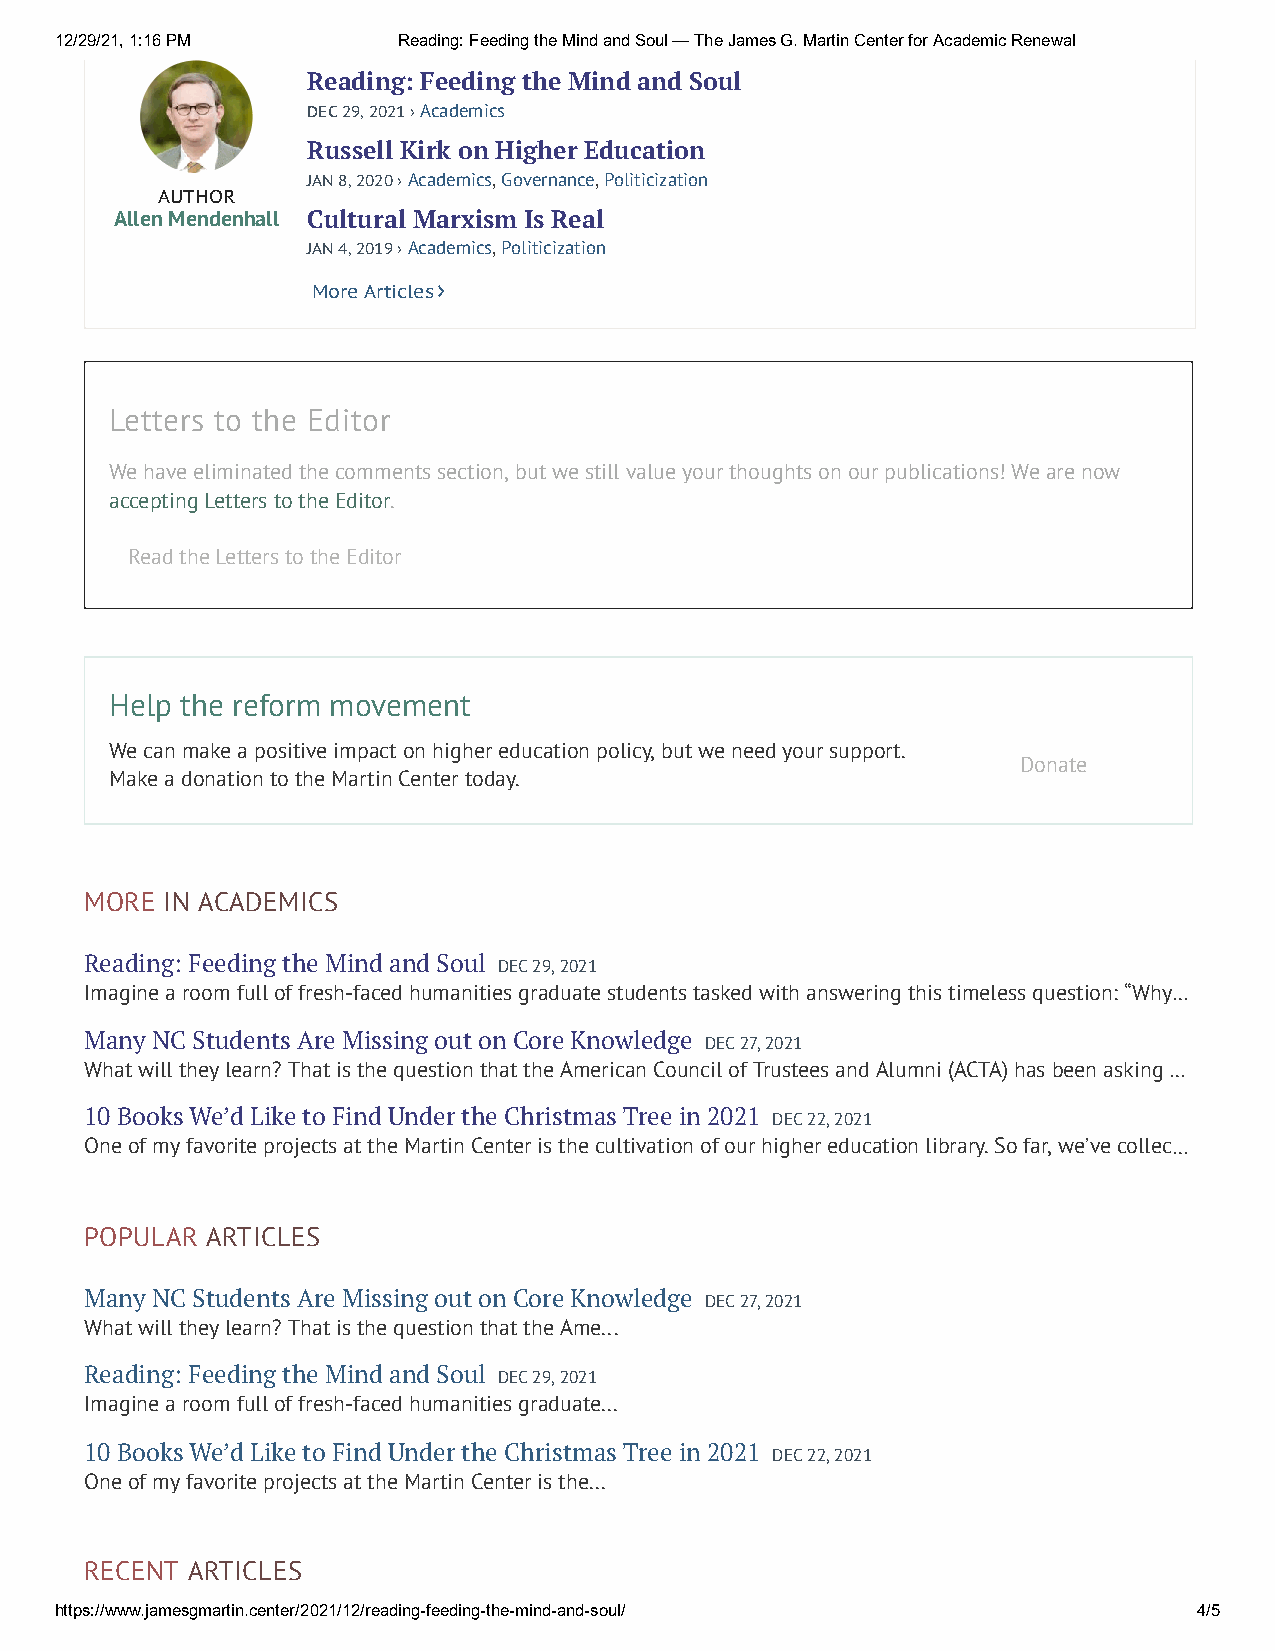
12/29/21, 1:16 PM     Reading: Feeding the Mind and Soul — The James G. Martin Center for Academic Renewal
 Reading: Feeding the Mind and Soul
 DEC 29, 2021 › Academics
 Russell Kirk on Higher Education
 JAN 8, 2020 › Academics, Governance, Politicization
 AUTHOR
 Allen Mendenhall Cultural Marxism Is Real
 JAN 4, 2019 › Academics, Politicization
 More Articles›
 Letters to the Editor
 We have eliminated the comments section, but we still value your thoughts on our publications! We are now
 accepting Letters to the Editor.
 Read the Letters to the Editor
 Help the reform movement
 We can make a positive impact on higher education policy, but we need your support.
 Donate
 Make a donation to the Martin Center today.
 MORE IN ACADEMICS
 Reading: Feeding the Mind and Soul DEC 29, 2021
 Imagine a room full of fresh-faced humanities graduate students tasked with answering this timeless question: “Why…
 Many NC Students Are Missing out on Core Knowledge DEC 27, 2021
 What will they learn? That is the question that the American Council of Trustees and Alumni (ACTA) has been asking …
 10 Books We’d Like to Find Under the Christmas Tree in 2021 DEC 22, 2021
 One of my favorite projects at the Martin Center is the cultivation of our higher education library. So far, we’ve collec…
 POPULAR ARTICLES
 Many NC Students Are Missing out on Core Knowledge DEC 27, 2021
 What will they learn? That is the question that the Ame...
 Reading: Feeding the Mind and Soul DEC 29, 2021
 Imagine a room full of fresh-faced humanities graduate...
 10 Books We’d Like to Find Under the Christmas Tree in 2021 DEC 22, 2021
 One of my favorite projects at the Martin Center is the...
 RECENT ARTICLES
 https://www.jamesgmartin.center/2021/12/reading-feeding-the-mind-and-soul/ 4/5